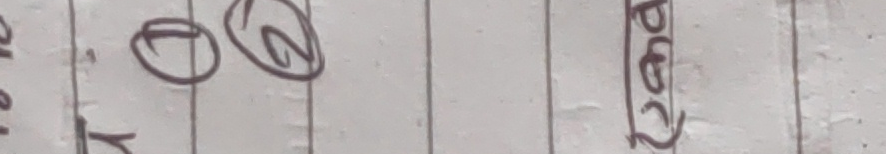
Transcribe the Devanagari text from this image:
र १ २ चढा